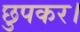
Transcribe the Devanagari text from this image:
छुपकर।